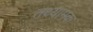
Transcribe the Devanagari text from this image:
तथ्यामक